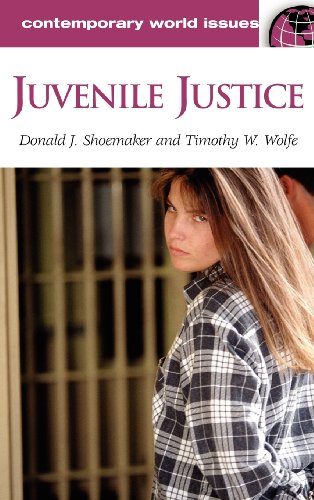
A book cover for Juvenile Justice: A Reference Handbook (Contemporary World Issues); Donald J. Shoemaker; Law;